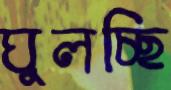
ঘুলচ্ছি